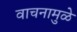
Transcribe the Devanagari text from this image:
वाचनामुळे